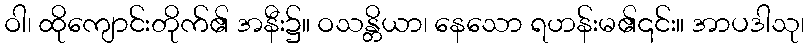
ဝါ၊ ထိုကျောင်းတိုက်၏ အနီး၌။ ဝသန္တိယာ၊ နေသော ရဟန်းမ၏၎င်း။ အာပဒါသု၊